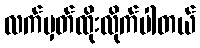
လက်မှတ်ထိုးလိုက်ပါတယ်